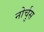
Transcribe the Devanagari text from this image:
नोर्चुस